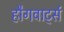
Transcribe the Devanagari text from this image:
हौगवार्ट्स